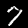
Digit: 7